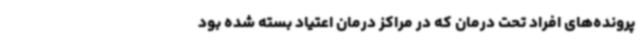
پرونده‌های افراد تحت درمان که در مراکز درمان اعتیاد بسته‌ شده‌ بود